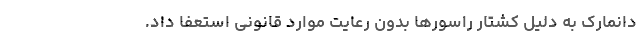
دانمارک به دلیل کشتار راسورها بدون رعایت موارد قانونی استعفا داد.